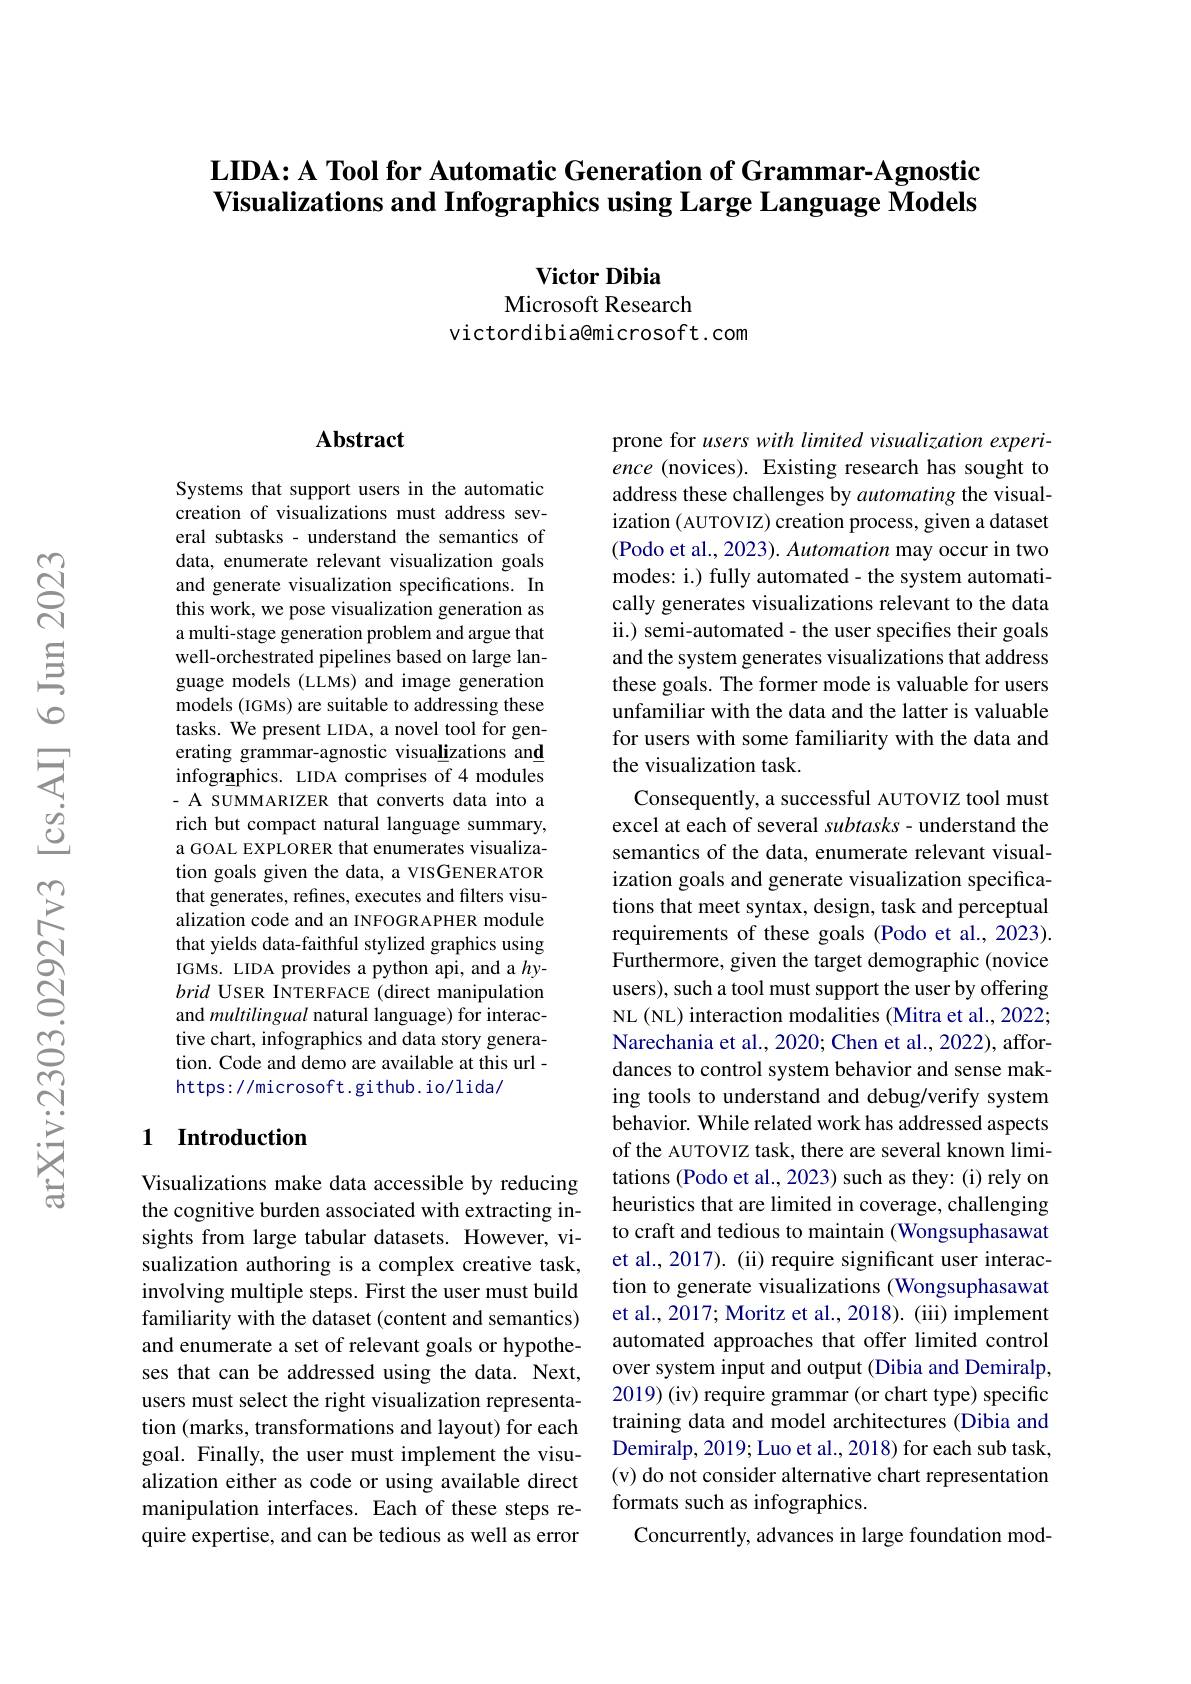
## $\textbf{LIDA: A Tool for Automatic Generation of Grammar- Agnostic}$ Visualizations and Infographics using Large Language Models

$\textbf{Victor Dibia}$
Microsoft Research
victordibia@microsoft.com

### $\mathbf{Abstract}$

Systems that support users in the automatic creation of visualizations must address several subtasks - understand the semantics of data, enumerate relevant visualization goals and generate visualization specifications. In this work, we pose visualization generation as a multi-stage generation problem and argue that well-orchestrated pipelines based on large language models (LLMs) and image generation models (IGMs) are suitable to addressing these tasks. We present LIDA, a novel tool for generating grammar-agnostic visualizations and infographics. LIDA comprises of 4 modules - A SUMMARIZER that converts data into a rich but compact natural language summary, a GOAL EXPLORER that enumerates visualization goals given the data, a VISGENER ATOR that generates, refines, executes and filters visualization code and an INFOGRAPHER module that yields data-faithful stylized graphics using IGMs. LIDA provides a python api, and a $hy$- brid USER INTERFACE (direct manipulation and multilingual natural language) for interactive chart, infographics and data story generation. Code and demo are available at this url - https://microsoft.github.io/lida/

## 1 Introduction

Visualizations make data accessible by reducing the cognitive burden associated with extracting insights from large tabular datasets. However, visualization authoring is a complex creative task, involving multiple steps. First the user must build familiarity with the dataset (content and semantics) and enumerate a set of relevant goals or hypotheses that can be addressed using the data. Next, users must select the right visualization representation (marks, transformations and layout) for each goal. Finally, the user must implement the visualization either as code or using available direct manipulation interfaces. Each of these steps require expertise, and can be tedious as well as error

prone for users with limited visualization experience (novices). Existing research has sought to address these challenges by automating the visualization ( AUTOVIZ) creation process, given a dataset (Podo et al., 2023). Automation may occur in two modes: i.) fully automated- the system automatically generates visualizations relevant to the data ii.) semi-automated- the user specifies their goals and the system generates visualizations that address these goals. The former mode is valuable for users unfamiliar with the data and the latter is valuable for users with some familiarity with the data and the visualization task.
Consequently, a successful AUTOVIZ tool must excel at each of several subtasks- understand the semantics of the data, enumerate relevant visualization goals and generate visualization specifications that meet syntax, design, task and perceptual requirements of these goals (Podo et al., 2023). Furthermore, given the target demographic (novice users), such a tool must support the user by offering NL (NL) interaction modalities (Mitra et al., 2022; Narechania et al., 2020; Chen et al., 2022), affordances to control system behavior and sense making tools to understand and debug/verify system behavior. While related work has addressed aspects of the AUTOVIZ task, there are several known limitations (Podo et al., 2023) such as they: (i) rely on heuristics that are limited in coverage, challenging to craft and tedious to maintain (Wongsuphasawat et al., 2017). (ii) require significant user interaction to generate visualizations (Wongsuphasawat et al., 2017; Moritz et al., 2018). (iii) implement automated approaches that offer limited control over system input and output (Dibia and Demiralp, 2019) (iv) require grammar (or chart type) specific training data and model architectures (Dibia and Demiralp, 2019; Luo et al., 2018) for each sub task, (v) do not consider alternative chart representation formats such as infographics.
Concurrently, advances in large foundation mod-